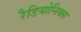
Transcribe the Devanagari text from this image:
रैडियोनिक्स